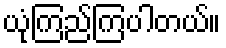
ယုံကြည်ကြပါတယ်။